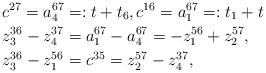
LaTeX: \begin{align*}&c^{27}=a_4^{67}=:t+t_6,c^{16}=a_1^{67}=:t_1+t\\&z_3^{36}-z_4^{37}=a_1^{67}-a_4^{67}=-z_1^{56}+z_2^{57},\\&z_3^{36}-z_1^{56}=c^{35}=z_2^{57}-z_4^{37},\end{align*}